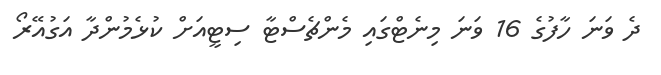
ދެ ވަނަ ހާފުގެ 16 ވަަނަ މިނެޓްގައި މެންޗެސްޓާ ސިޓީއަށް ކުޅެމުންދާ އަގުއޭރޯ